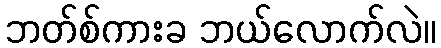
ဘတ်စ်ကားခ ဘယ်လောက်လဲ။